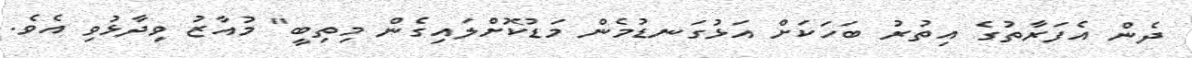
ދެން އެފަރާތުގެ އިތުރު ބަހަކަށް އަޅުގަނޑުމެން މަޑުކޮށްލައިގެން މިތިބީ" މުއާޒު ވިދާޅުވި އެވެ.